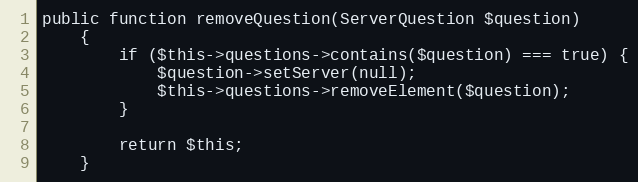
Language: PHP
public function removeQuestion(ServerQuestion $question)
    {
        if ($this->questions->contains($question) === true) {
            $question->setServer(null);
            $this->questions->removeElement($question);
        }

        return $this;
    }